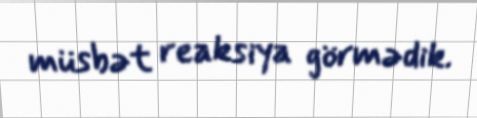
müsbət reaksiya görmədik.